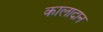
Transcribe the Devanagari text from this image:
कालादान